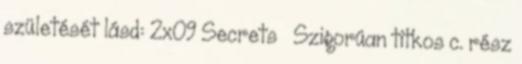
születését lásd: 2x09 Secrets Szigorúan titkos c. rész